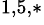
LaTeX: ^{1,5,\ast}